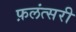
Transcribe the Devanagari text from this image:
फ़लंत्सरी